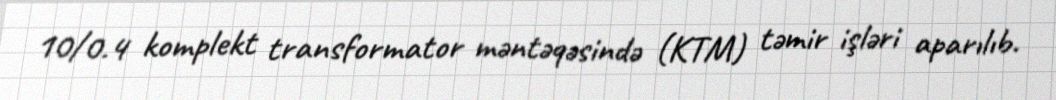
10/0.4 komplekt transformator məntəqəsində (KTM) təmir işləri aparılıb.